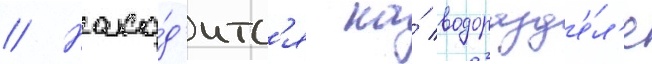
// Нахо́д'итс'я на́ водоразд'е́л'е